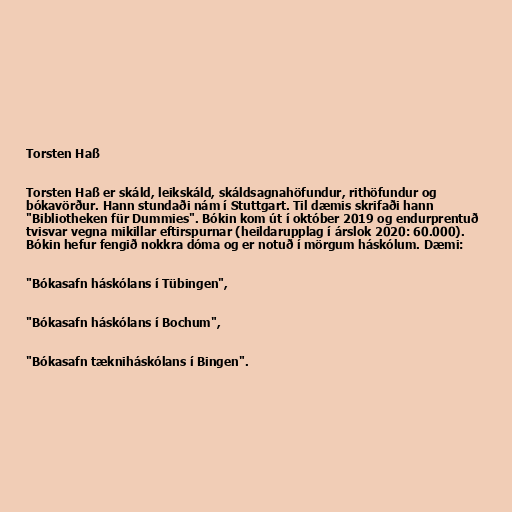
Torsten Haß

Torsten Haß er skáld, leikskáld, skáldsagnahöfundur, rithöfundur og
bókavörður. Hann stundaði nám í Stuttgart. Til dæmis skrifaði hann
"Bibliotheken für Dummies". Bókin kom út í október 2019 og endurprentuð
tvisvar vegna mikillar eftirspurnar (heildarupplag í árslok 2020: 60.000).
Bókin hefur fengið nokkra dóma og er notuð í mörgum háskólum. Dæmi:

"Bókasafn háskólans í Tübingen",

"Bókasafn háskólans í Bochum",

"Bókasafn tækniháskólans í Bingen".